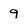
Character: 9